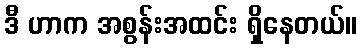
ဒီ ဟာက အစွန်းအထင်း ရှိနေတယ်။